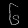
Digit: ၆